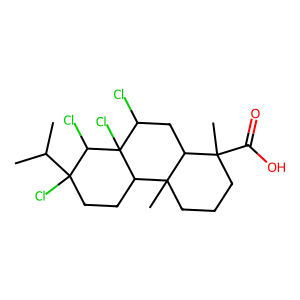
SMILES: CC(C)C1(Cl)CCC2C3(C)CCCC(C)(C(=O)O)C3CC(Cl)C2(Cl)C1Cl
Inhibits HIV replication: No